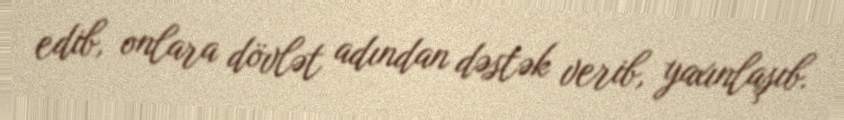
edib, onlara dövlət adından dəstək verib, yaxınlaşıb.